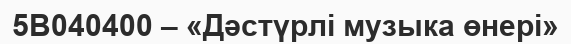
5В040400 – «Дәстүрлі музыка өнері»